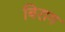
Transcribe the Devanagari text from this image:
बिराग